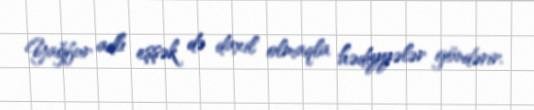
Yağfur adlı eşşək də daxil olmaqla hədiyyələr göndərir.